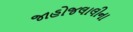
જાહોજલાલીના